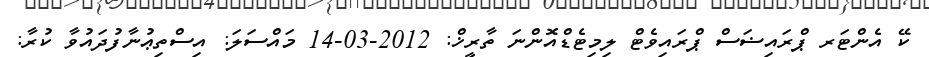
ކޭ އެންޓަރ ޕްރައިޟަސް ޕްރައިވެޓް ލިމިޓެޑްއޮންނަ ތާރީޚް: 2012-03-14 މައްސަލަ: އިސްތިޢުނާފުދައުވާ ކުރާ: